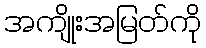
အကျိုးအမြတ်ကို